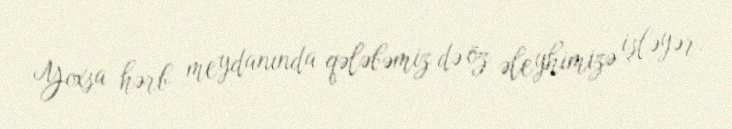
Yoxsa hərb meydanında qələbəmiz də öz əleyhimizə işləyər.